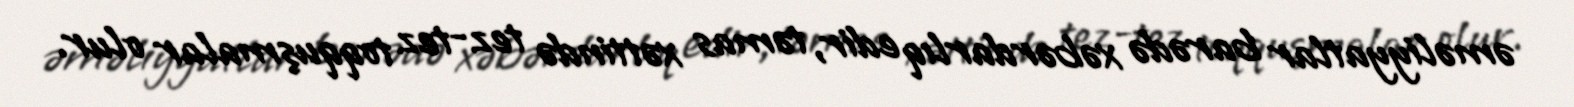
əməliyyatlar barədə xəbərdarlıq edir, təmas xəttində tez-tez toqquşmalar olur.